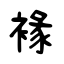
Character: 褖